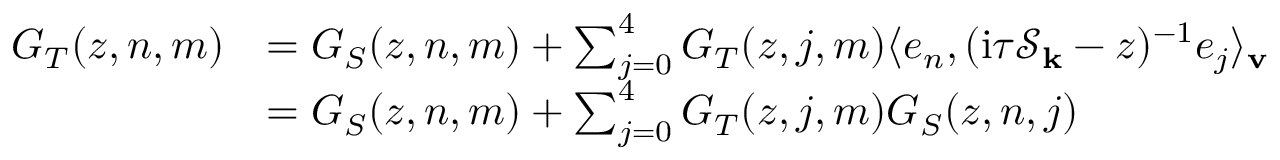
\begin{array} { r l } { G _ { T } ( z , n , m ) } & { = G _ { S } ( z , n , m ) + \sum _ { j = 0 } ^ { 4 } G _ { T } ( z , j , m ) \langle e _ { n } , ( \mathrm { i } \tau \mathcal { S } _ { \mathbf { k } } - z ) ^ { - 1 } e _ { j } \rangle _ { \mathbf { v } } } \\ & { = G _ { S } ( z , n , m ) + \sum _ { j = 0 } ^ { 4 } G _ { T } ( z , j , m ) G _ { S } ( z , n , j ) } \end{array}